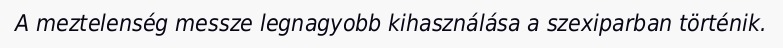
A meztelenség messze legnagyobb kihasználása a szexiparban történik.